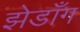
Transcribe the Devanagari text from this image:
झेडाँग